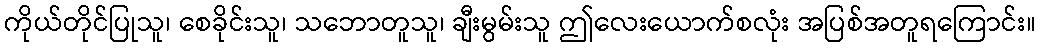
ကိုယ်တိုင်ပြုသူ၊ စေခိုင်းသူ၊ သဘောတူသူ၊ ချီးမွမ်းသူ ဤလေးယောက်စလုံး အပြစ်အတူရကြောင်း။